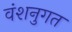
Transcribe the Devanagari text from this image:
वंशनुगत